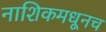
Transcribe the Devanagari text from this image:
नाशिकमधूनच